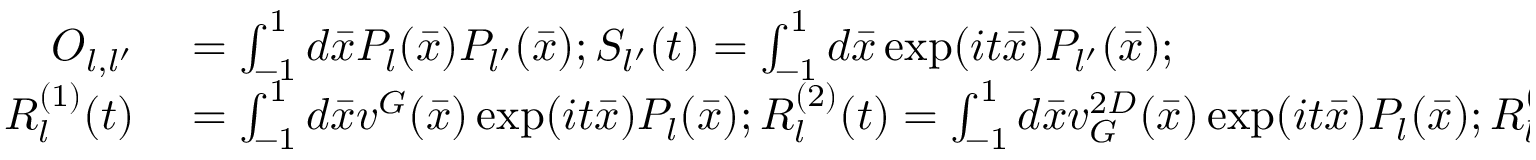
\begin{array} { r l } { O _ { l , l ^ { \prime } } } & { { } = \int _ { - 1 } ^ { 1 } d \bar { x } P _ { l } ( \bar { x } ) P _ { l ^ { \prime } } ( \bar { x } ) ; S _ { l ^ { \prime } } ( t ) = \int _ { - 1 } ^ { 1 } d \bar { x } \exp ( i t \bar { x } ) P _ { l ^ { \prime } } ( \bar { x } ) ; } \\ { R _ { l } ^ { ( 1 ) } ( t ) } & { { } = \int _ { - 1 } ^ { 1 } d \bar { x } v ^ { G } ( \bar { x } ) \exp ( i t \bar { x } ) P _ { l } ( \bar { x } ) ; R _ { l } ^ { ( 2 ) } ( t ) = \int _ { - 1 } ^ { 1 } d \bar { x } v _ { G } ^ { 2 D } ( \bar { x } ) \exp ( i t \bar { x } ) P _ { l } ( \bar { x } ) ; R _ { l } ^ { ( 3 ) } ( t ) = \int _ { - 1 } ^ { 1 } d \bar { \xi } v _ { O } ^ { 2 D } ( \xi ) \exp ( i t \xi ) P _ { l } ( \xi ) . } \end{array}